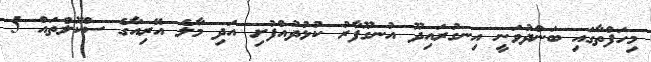
މިހަފްތާގައި ބަންދުވަނީ އިނގުރައިދޫ އުނގޫފާރު ކުޅުދުއްފުށި އަދި މާލެ އޭރިއާގެ ސްކޫލްތައް 5